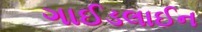
ગાઈડલાઈન